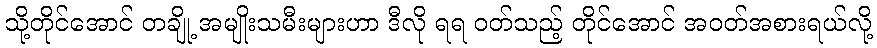
သို့တိုင်အောင် တချို့ အမျိုးသမီးများဟာ ဒီလို ရရ ဝတ်သည့် တိုင်အောင် အဝတ်အစားရယ်လို့